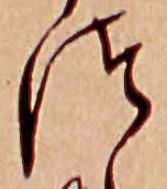
つ